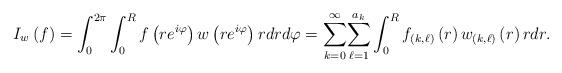
LaTeX: \begin{align*}I_{w}\left( f\right) =\int_{0}^{2\pi}\int_{0}^{R}f\left( re^{i\varphi}\right) w\left( re^{i\varphi}\right) rdrd\varphi={\displaystyle\sum_{k=0}^{\infty}}{\displaystyle\sum_{\ell=1}^{a_{k}}}\int_{0}^{R}f_{\left( k,\ell\right) }\left( r\right) w_{\left(k,\ell\right) }\left( r\right) rdr. \end{align*}